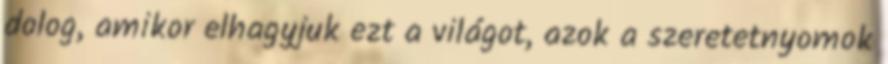
dolog, amikor elhagyjuk ezt a világot, azok a szeretetnyomok